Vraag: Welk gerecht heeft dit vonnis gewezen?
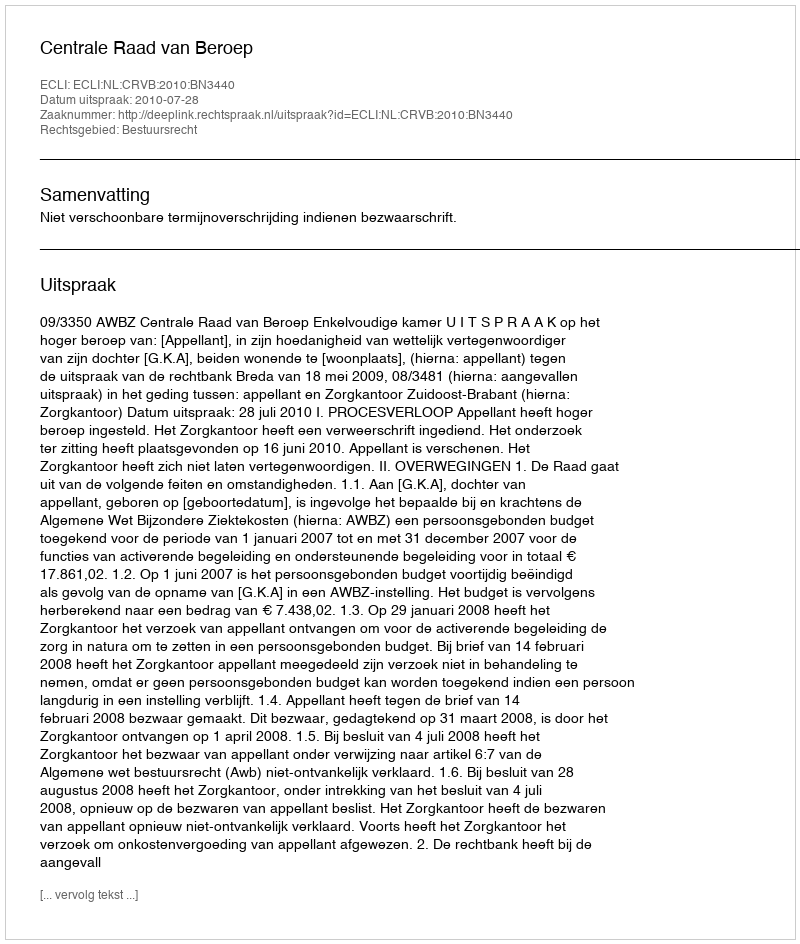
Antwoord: Centrale Raad van Beroep